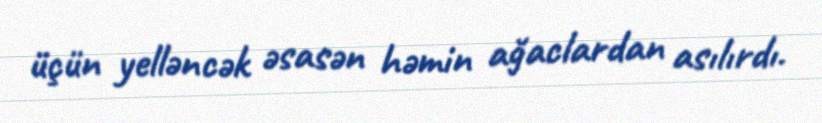
üçün yelləncək əsasən həmin ağaclardan asılırdı.